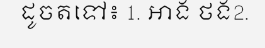
ដូចតទៅ៖ 1. អាង ថង2.